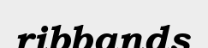
ribbands